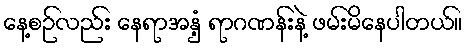
နေ့စဉ်လည်း နေရာအနှံ့ ရာဂဏန်းနဲ့ ဖမ်းမိနေပါတယ်။